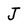
Character: J